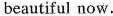
beautiful now.